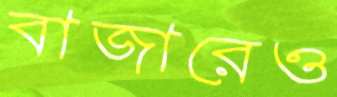
বাজারেও